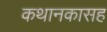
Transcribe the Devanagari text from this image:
कथानकासह